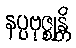
နပ္ပဗုဇ္ဈန္တိ